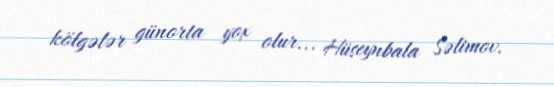
kölgələr günorta yox olur... Hüseynbala Səlimov.